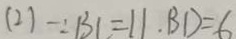
( 2 ) \because B C = 1 1 . \cdot B D = 6